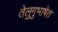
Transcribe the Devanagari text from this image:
तेलुगुभाषेत